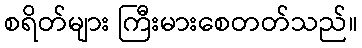
စရိတ်များ ကြီးမားစေတတ်သည်။